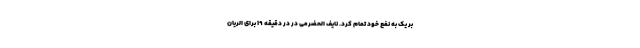
بر یک به نفع خود تمام کرد. نایف الحضرمی در در دقیقه ۱۹ برای الریان